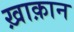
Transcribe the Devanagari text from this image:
ख़ाक़ान